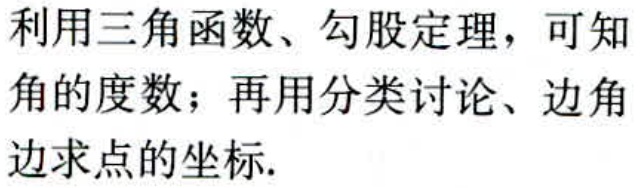
利用三角函数、勾股定理，可知角的度数；再用分类讨论、边角边求点的坐标.